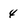
Character: 4